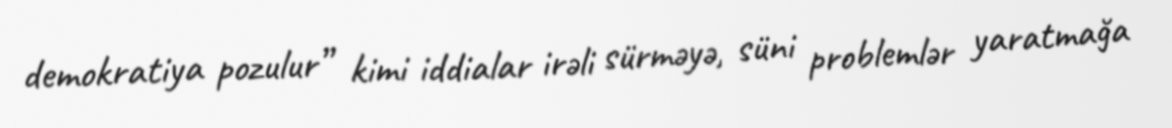
demokratiya pozulur” kimi iddialar irəli sürməyə, süni problemlər yaratmağa